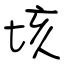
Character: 垓